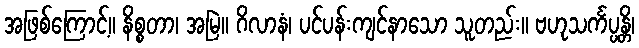
အဖြစ်ကြောင့်။ နိစ္စတာ၊ အမြဲ။ ဂိလာနံ၊ ပင်ပန်းကျင်နာသော သူတည်း။ ဗဟုသင်္ကပ္ပန္တိ၊